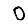
Digit: 0